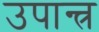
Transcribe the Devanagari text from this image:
उपान्त्र